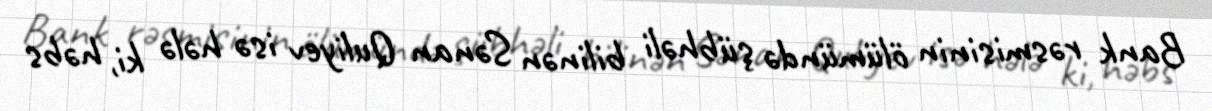
Bank rəsmisinin ölümündə şübhəli bilinən Sənan Quliyev isə hələ ki, həbs